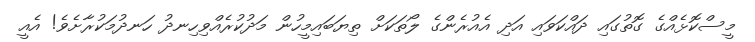
މީސްކޮޅެއްގެ ގޮތުގައި ދައްކަވައި އަދި އެއުރެންގެ ލޯތަކަށް ތިޔަބައިމީހުން މަދުކުރެއްވިހިނދު ހަނދުމަކުރާށެވެ! އެއީ